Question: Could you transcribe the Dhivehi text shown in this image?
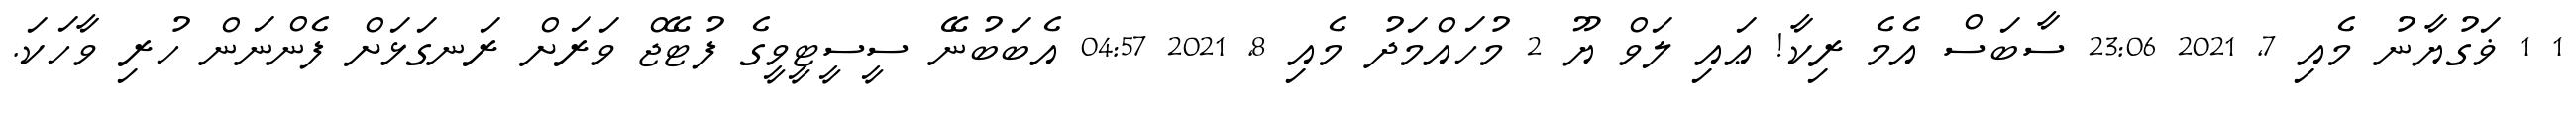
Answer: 1 1 ޥަގުޔާނު މެއި 7, 2021 23:06 ސާބަސް އެމެ ރިކާ! ޢައި ލަވް ޔޫ 2 މުހައްމަދު މެއި 8, 2021 04:57 އެބަބުނޭ ސީސީޓީވީގެ ފުޓޭޖް ވަރަށް ރަނގަޅަށް ފެންނަން ހުރި ވާހަކަ.